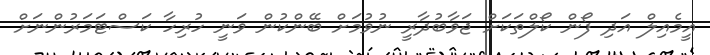
އީމެއިލް އަދި ފޯން ކޯލްތަކަށް ޖަވާބުދާރީ ނުވުމަށް ބޭންކުން ވަނީ ހުރިހާ ކަސްޓަމަރުންނަށް